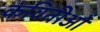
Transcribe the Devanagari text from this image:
कवितीओं